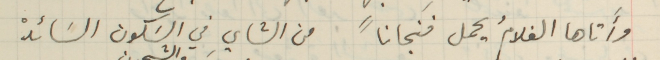
وأَتاها الغلامُ يحمل فنجاناً من الشايِ في السَكون السَائدْ